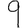
Digit: 9